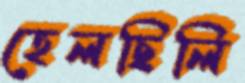
হেলছিলি